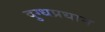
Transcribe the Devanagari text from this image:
दुग्धप्रधान